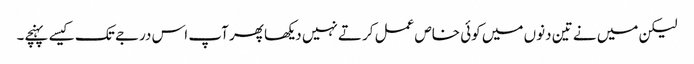
لیکن میں نے تین دنوں میں کوئی خاص عمل کرتے نہیں دیکھا پھر آپ اس درجے تک کیسے پہنچے۔